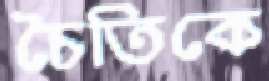
চৈতিকে